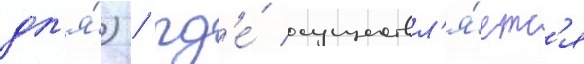
дл'я́) / гд'е́ осуществл'я́етс'я